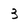
Character: 3